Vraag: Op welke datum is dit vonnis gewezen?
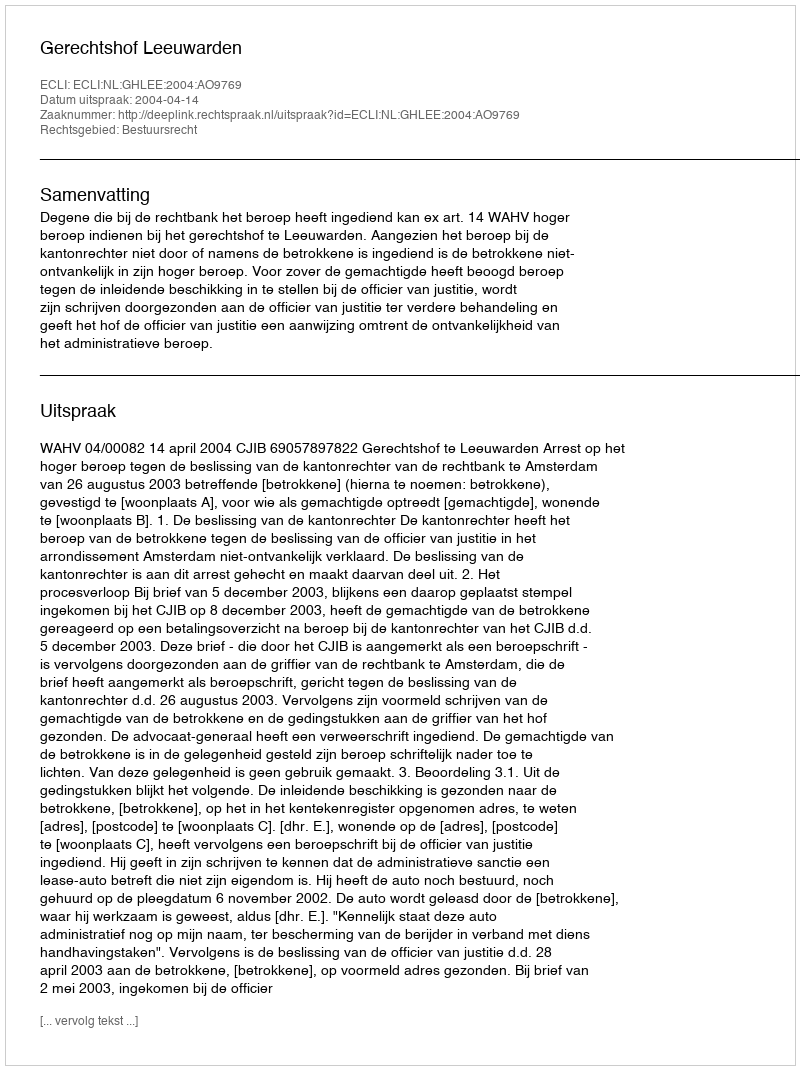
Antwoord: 2004-04-14